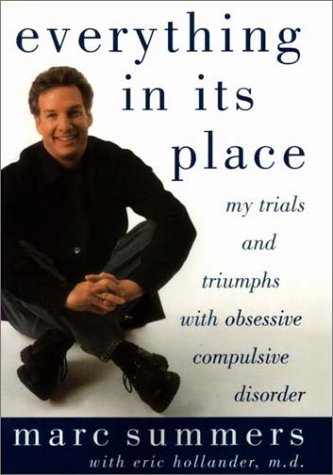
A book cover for Everything In Its Place: My Trials and Triumphs with Obsessive Compulsive Disorder; Marc Summers; Health, Fitness & Dieting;